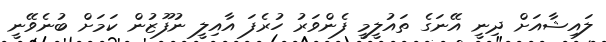
ލައިޝާއަށް ދިނީ އޭނަގެ ތައުލީމީ ފެންވަރު ހުރެފަ އާއިލީ ނުފޫޒުން ކަމަށް ބުނެވޭނީ